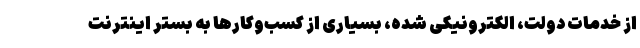
از خدمات دولت، الکترونیکی شده، بسیاری از کسب‌وکارها به بستر اینترنت